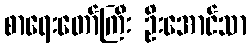
စာရေးတော်ကြီး ဦးအောင်သာ